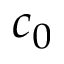
c _ { 0 }